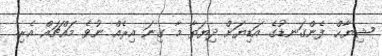
ޝިޔާޙް ފެންގަނޑުގެ އަޑިޔަށް ދިޔަތާ މާ ގިނަ އިރެއް ނުވެ މައްޗައް އެރި.